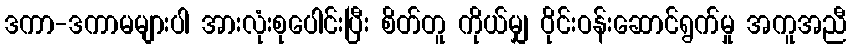
ဒကာ-ဒကာမများပါ အားလုံးစုပေါင်းပြီး စိတ်တူ ကိုယ်မျှ ဝိုင်းဝန်းဆောင်ရွက်မှု အကူအညီ